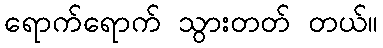
ရောက်ရောက် သွားတတ် တယ်။